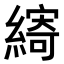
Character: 𮈽